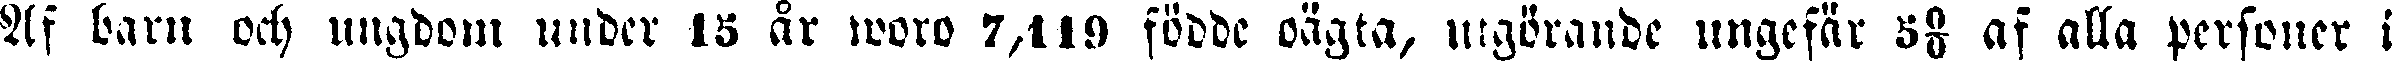
Af barn och ungdom under 15 år woro 7,119 födde oägta, utgörande ungefär 5% af alla personer i